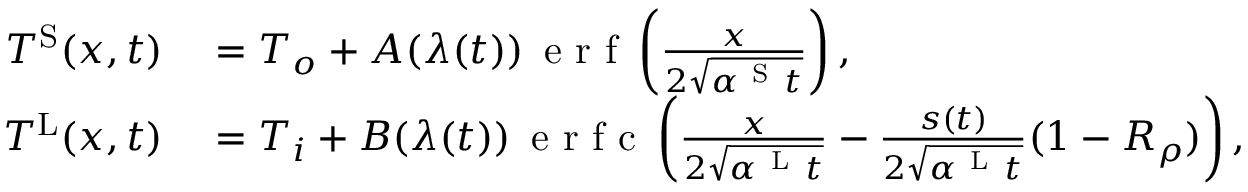
\begin{array} { r l } { T ^ { \mathrm { S } } ( x , t ) } & { { } = T _ { o } + A ( \lambda ( t ) ) \, \mathrm { ~ e ~ r ~ f ~ } \left( \frac { x } { 2 \sqrt { \alpha ^ { \mathrm { ~ S ~ } } t } } \right) , } \\ { T ^ { \mathrm { L } } ( x , t ) } & { { } = T _ { i } + B ( \lambda ( t ) ) \, \mathrm { ~ e ~ r ~ f ~ c ~ } \left( \frac { x } { 2 \sqrt { \alpha ^ { \mathrm { ~ L ~ } } t } } - \frac { s ( t ) } { 2 \sqrt { \alpha ^ { \mathrm { ~ L ~ } } t } } ( 1 - R _ { \rho } ) \right) , } \end{array}